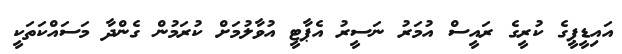
އައިޑީޕީގެ ކުރީގެ ރައީސް އުމަރު ނަސީރު އެޕާޓީ އުވާލުމަށް ކުރަމުން ގެންދާ މަސައްކަތަކީ